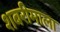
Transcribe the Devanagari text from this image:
शबरीमाला